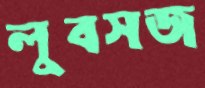
লুবসজ